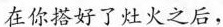
在你搭好了灶火之后，